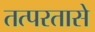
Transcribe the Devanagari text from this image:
तत्परतासे